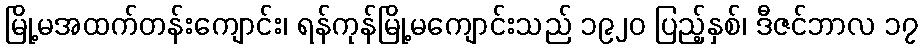
မြို့မအထက်တန်းကျောင်း၊ ရန်ကုန်မြို့မကျောင်းသည် ၁၉၂၀ ပြည့်နှစ်၊ ဒီဇင်ဘာလ ၁၇